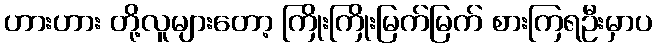
ဟားဟား တို့လူများတော့ ကြိုးကြိုးမြက်မြက် စားကြရဦးမှာပ